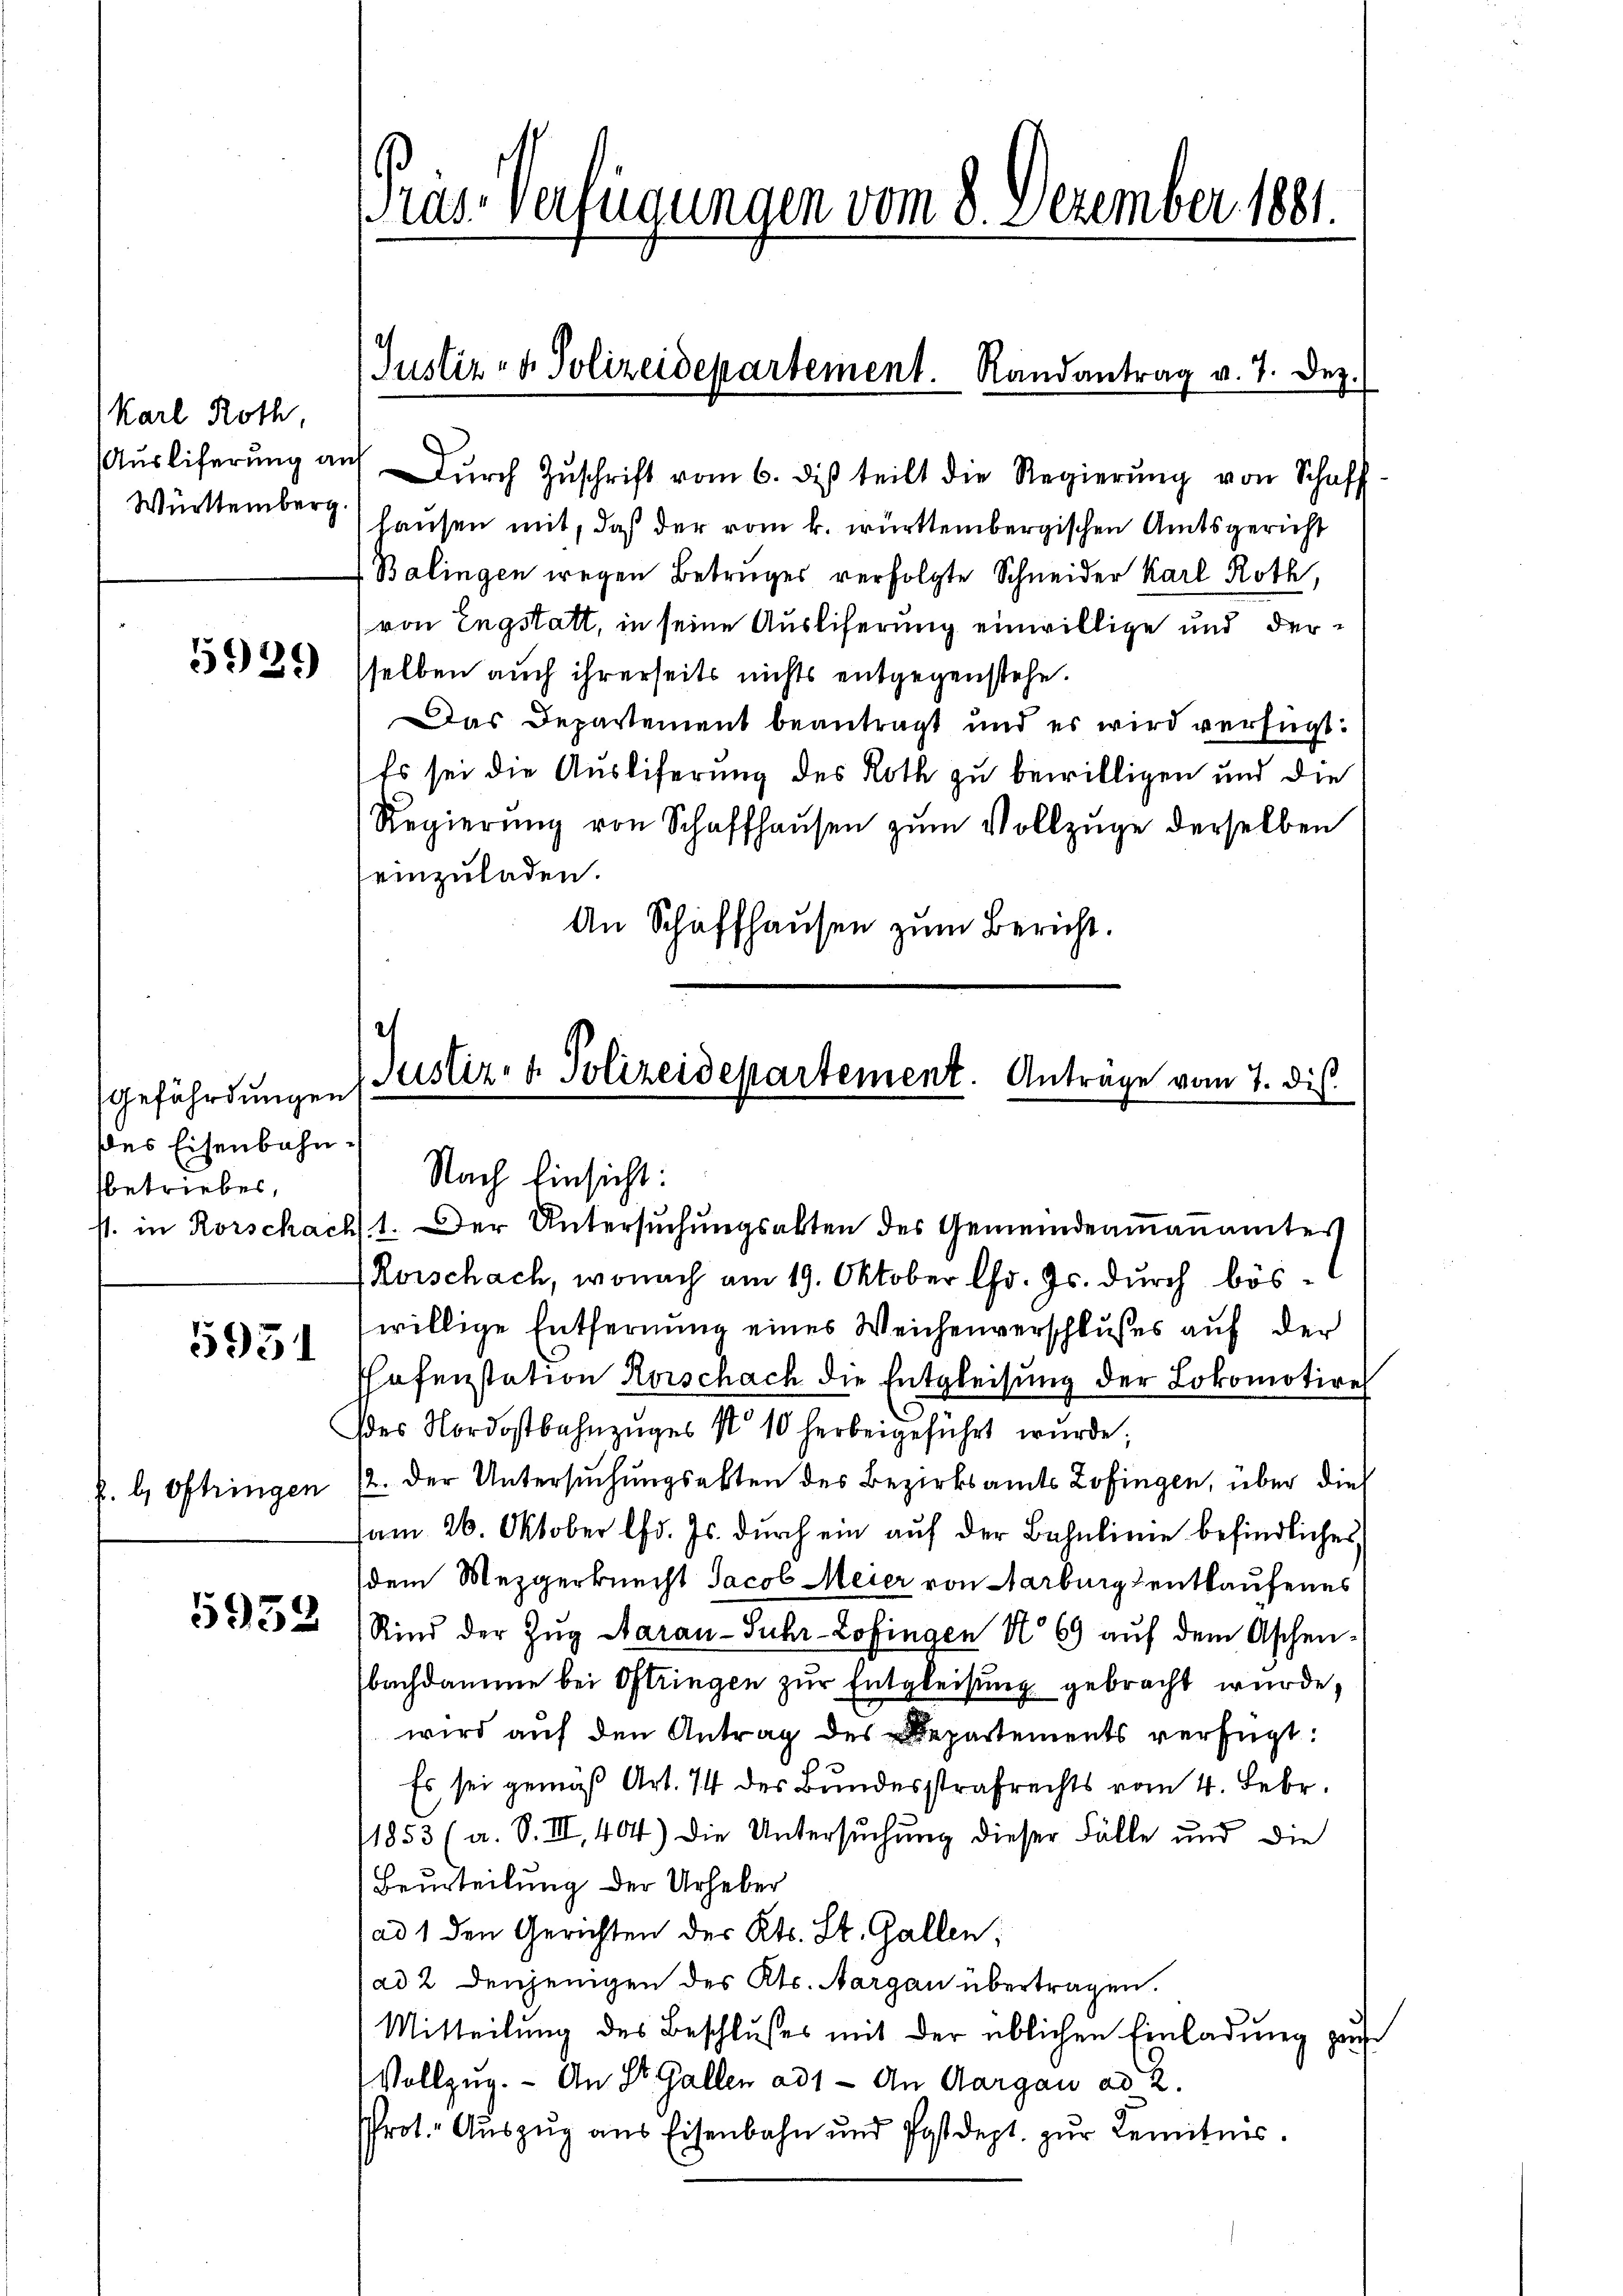
Karl Roth,
Ausliferung an
Württemberg.

5929

Gefährdungen
des Eisenbahnbetriebes,

5931

f. b. Oftringen

5952

Präs. Verfügungen vom 8. Dezember 1881.

Dŭrch Zŭschrift vom 6. di teilt die Regierŭng von Schaff
hausen mit, daß der vom k. württembergischen Amtsgericht
Balingen wegen Betruges verfolgte Schneider Karl Roth,
(von Engstatt, in seine Auslieferung einwillige und derselben auch ihrerseits nichts entgegenstehe.
Das Departement beantragt und es wird verfügt:
Es sei die Ausliferung des Roth zu bewilligen und die
Regierŭng von Schaffhaŭsen zŭm Vollzuge derselben
einzuladen.
An Schaffhausen zum Bericht.

Justiz- & Polizeidepartement. Randantrag v. 7. Dez.

Justiz- & Polizeidepartement. Antrage vom 7. dis

Nach Einsicht:
st. in Rorschach 1. Der Untersuchungsakten des Gemeindeammannamtes
Rorschach, wonach am 19. Oktober l. Js. durch böswillige Entfernung eines Weichenverschlußes auf der
shofenstation Horschach die Entgleisung der Lokomotire
(des Nordostbahnzuges No 10 herbeigeführt wurde;
/2. Der Untersuchungsakten des Bezirksamts Zofingen, über dies
am 26. Oktober l. Js. dŭrch ein aŭf der Bahnlinie befindliches
dem Mezgerknecht Jacob Meier von Aarburg entkaufenes
Rind der Zŭg Aarau-Suhr-Lofingen No 69 auf dem Aschenbachdamme bei Oftringen zur Entgleisung gebracht wurde,
wird auf den Antrag des Departements verfügt:
Es sei gemäß Art. 74 des Bundesstrafrechts vom 4. Febr.
1853 (a. S. III, 404) Die Untersuchung dieser Fälle und die
Beurteilung der Urheber
ad 1 den Gerichten des Kts. St. Gallen;
(ad 2 denjenigen des Kts. Aargau übertragen.
Mitteilŭng des Beschlŭsses mit der üblichen Einladŭng pas
Vollzug. - An St. Gallen ad 1. An Aargau ad 2.
Prot. Auszug aus Eisenbahn und Postdept. zŭr Bemitnis.